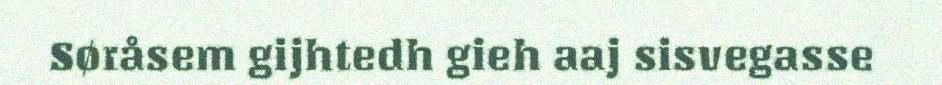
Søråsem gijhtedh gieh aaj sisvegasse